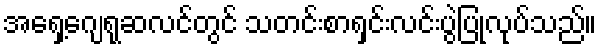
အရှေ့ဂျေရုဆလင်တွင် သတင်းစာရှင်းလင်းပွဲပြုလုပ်သည်။